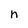
Character: n